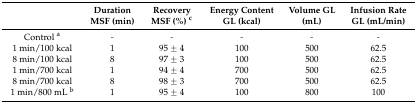
|  | Duration MSF (min) | Recovery MSF (%) c | Energy Content GL (kcal) | Volume GL (mL) | Infusion Rate GL (mL/min) |
 | --- | --- | --- | --- | --- | --- |
 | Control a | - | - | - | - | - |
 | 1 min/100 kcal | 1 | 95 ± 4 | 100 | 500 | 62.5 |
 | 8 min/100 kcal | 8 | 97 ± 3 | 100 | 500 | 62.5 |
 | 1 min/700 kcal | 1 | 94 ± 4 | 700 | 500 | 62.5 |
 | 8 min/700 kcal | 8 | 98 ± 3 | 700 | 500 | 62.5 |
 | 1 min/800 mL b | 1 | 95 ± 4 | 100 | 800 | 100 |